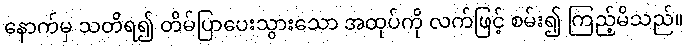
နောက်မှ သတိရ၍ တိမ်ပြာပေးသွားသော အထုပ်ကို လက်ဖြင့် စမ်း၍ ကြည့်မိသည်။